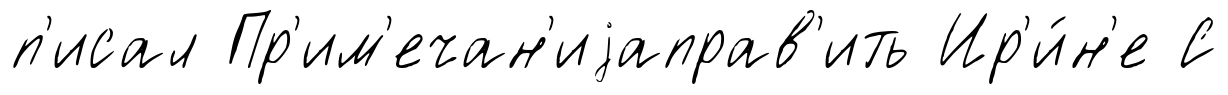
п'исал Пр'им'ечан'иjаправ'ить Ир'и́н'е С